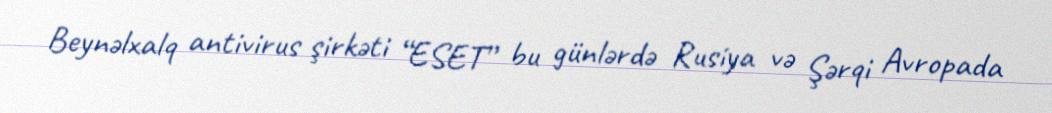
Beynəlxalq antivirus şirkəti “ESET” bu günlərdə Rusiya və Şərqi Avropada